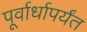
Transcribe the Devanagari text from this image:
पूर्वार्धापर्यंत